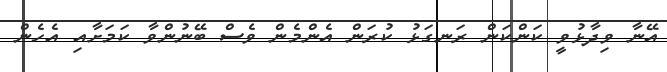
އޭނާ ވިދާޅުވީ ކަންކަން ރަނގަޅު ކުރަން އެންމެން ވެސް ބޭނުންވާ ކަމަށާއި އެހެން